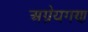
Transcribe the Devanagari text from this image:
अग्रेयगण